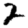
Digit: 2